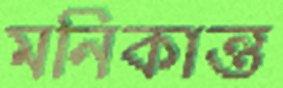
মনিকান্ত